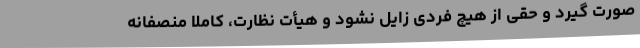
صورت گیرد و حقی از هیچ فردی زایل نشود و هیأت نظارت، کاملا منصفانه